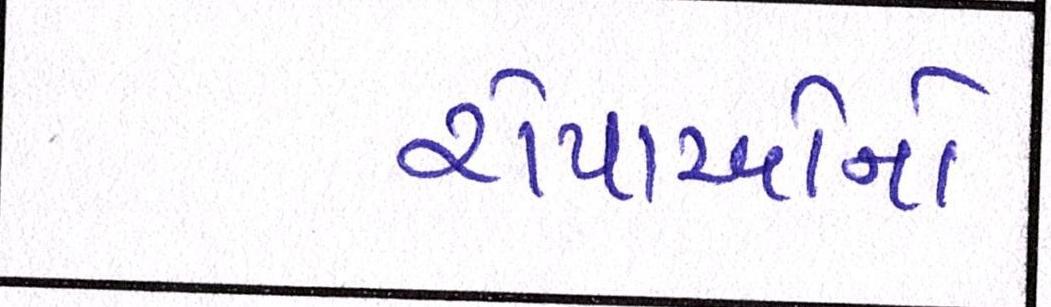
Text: રોપાઓનો